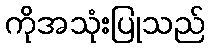
ကိုအသုံးပြုသည်